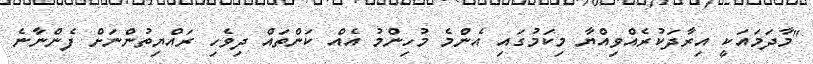
"މާދަމައަކީ އިރާދަކުރެއްވިއްޔާ މިކަމުގައި އެންމެ މުހިންމު އެއް ކަންތައް ދިވެހި ރައްޔިތުންނަށް ފެންނާނެ